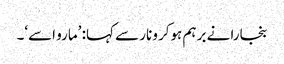
بنجارا نے برہم ہوکر ونار سے کہا: ’مارو اسے‘۔